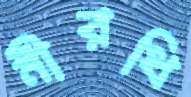
নীরধি